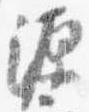
源